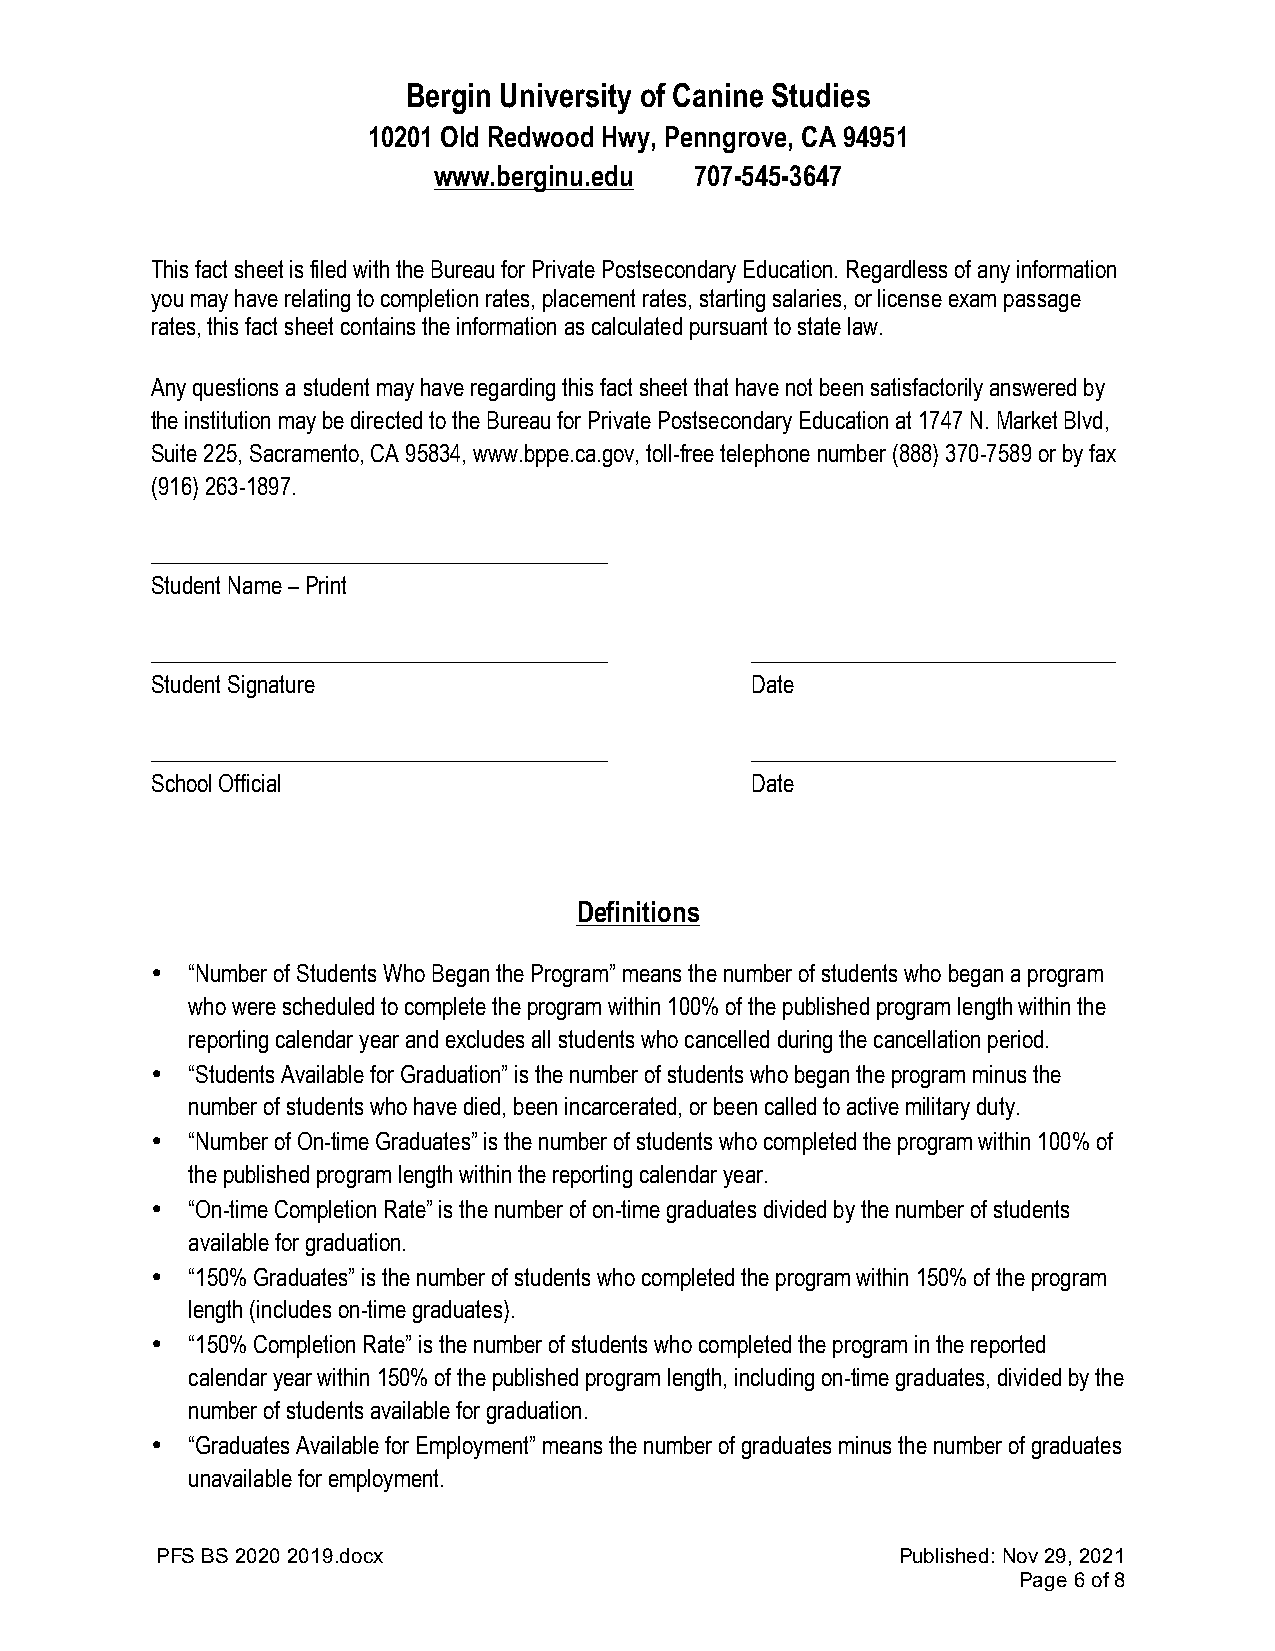
Bergin University of Canine Studies
 10201 Old Redwood Hwy, Penngrove, CA 94951
 www.berginu.edu  707-545-3647
 This fact sheet is filed with the Bureau for Private Postsecondary Education. Regardless of any information
 you may have relating to completion rates, placement rates, starting salaries, or license exam passage
 rates, this fact sheet contains the information as calculated pursuant to state law.
 Any questions a student may have regarding this fact sheet that have not been satisfactorily answered by
 the institution may be directed to the Bureau for Private Postsecondary Education at 1747 N. Market Blvd,
 Suite 225, Sacramento, CA 95834, www.bppe.ca.gov, toll-free telephone number (888) 370-7589 or by fax
 (916) 263-1897.
 ________________________________________
 Student Name – Print
 ________________________________________ ________________________________
 Student Signature                       Date
 ________________________________________ ________________________________
 School Official                         Date
 Definitions
 • “Number of Students Who Began the Program” means the number of students who began a program
 who were scheduled to complete the program within 100% of the published program length within the
 reporting calendar year and excludes all students who cancelled during the cancellation period.
 • “Students Available for Graduation” is the number of students who began the program minus the
 number of students who have died, been incarcerated, or been called to active military duty.
 • “Number of On-time Graduates” is the number of students who completed the program within 100% of
 the published program length within the reporting calendar year.
 • “On-time Completion Rate” is the number of on-time graduates divided by the number of students
 available for graduation.
 • “150% Graduates” is the number of students who completed the program within 150% of the program
 length (includes on-time graduates).
 • “150% Completion Rate” is the number of students who completed the program in the reported
 calendar year within 150% of the published program length, including on-time graduates, divided by the
 number of students available for graduation.
 • “Graduates Available for Employment” means the number of graduates minus the number of graduates
 unavailable for employment.
 PFS BS 2020 2019.docx                             Published: Nov 29, 2021
 Page 6 of 8